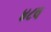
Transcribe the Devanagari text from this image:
४८व